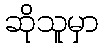
ဆိုသူမှာ